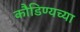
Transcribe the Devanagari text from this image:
कौडिण्यच्या